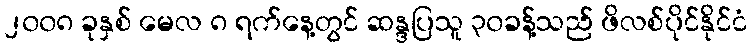
၂၀၀၈ ခုနှစ် မေလ ၈ ရက်နေ့တွင် ဆန္ဒပြသူ ၃၀ခန့်သည် ဖိလစ်ပိုင်နိုင်ငံ